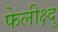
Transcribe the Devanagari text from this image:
फेलीक्ष्दु